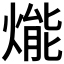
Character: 𤌶